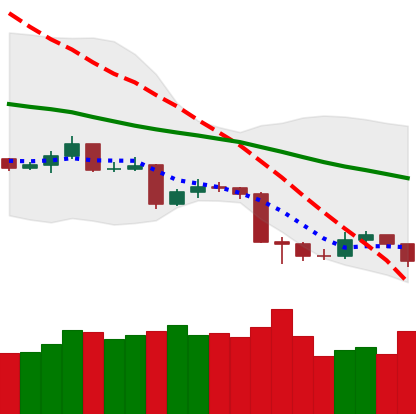
Ticker: TRX-USD
Chart end date: 2019-08-21
Forward return: 6.153%
Label: up_5_7